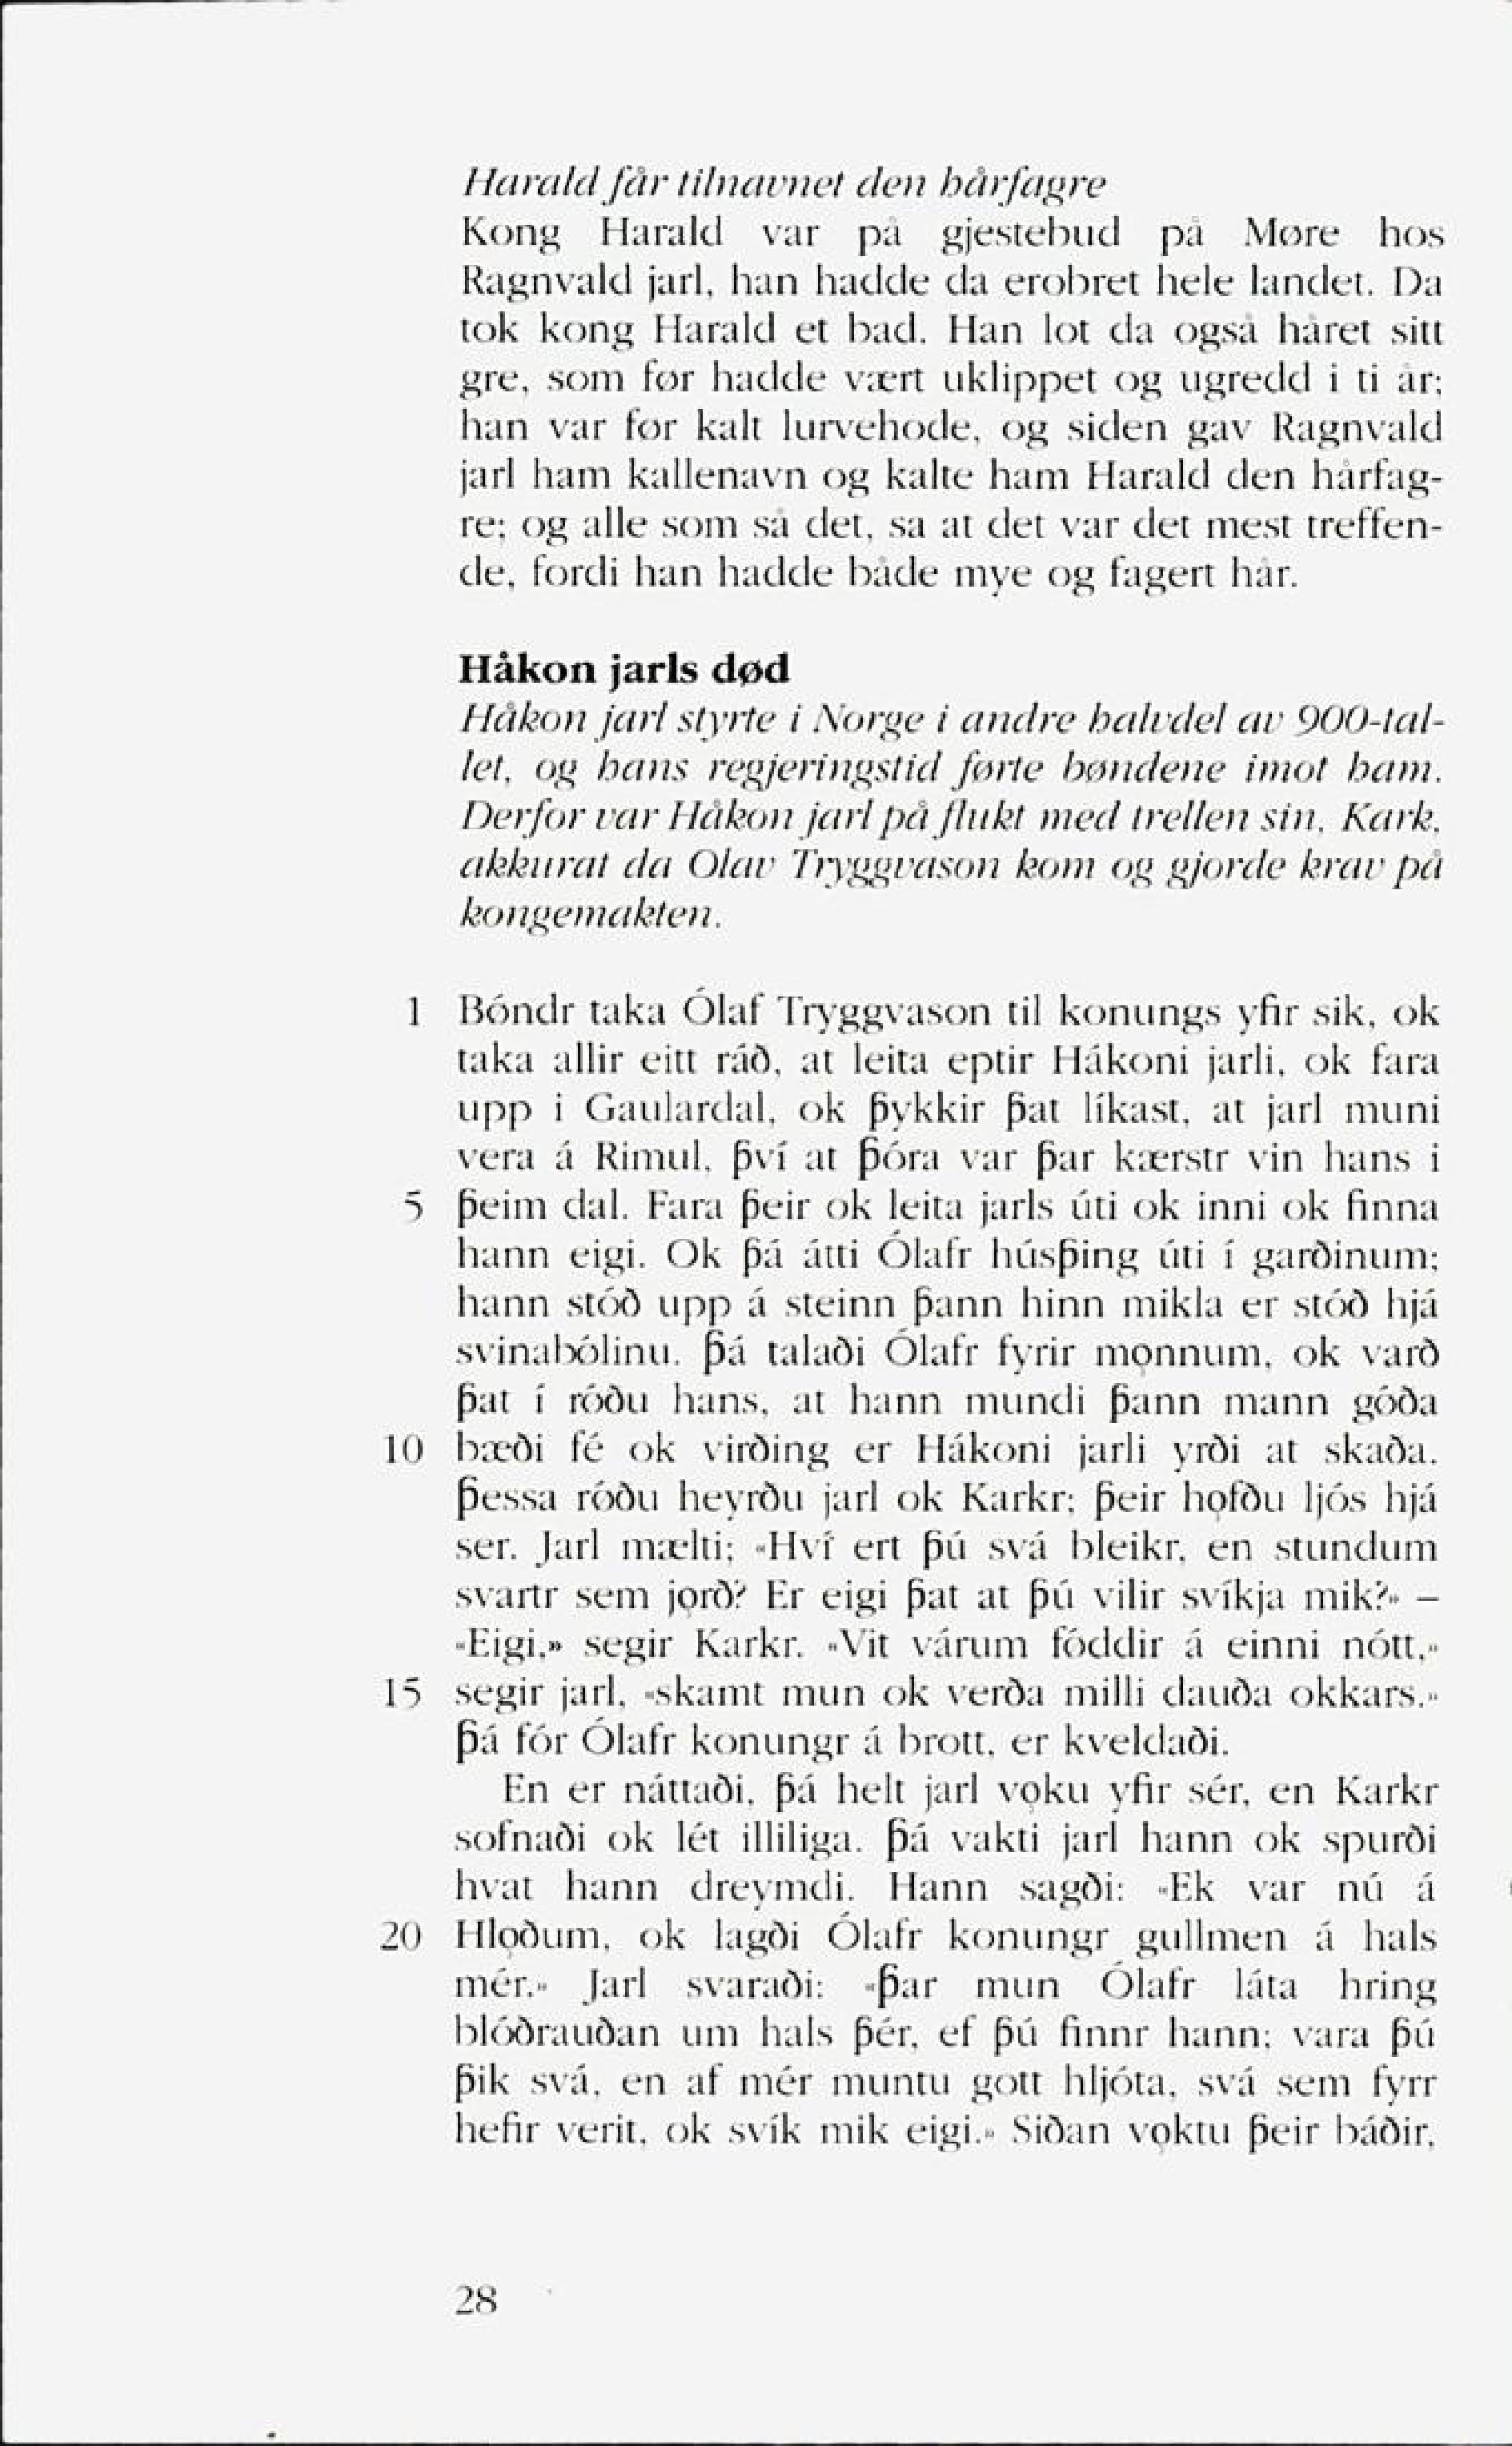
Language: no